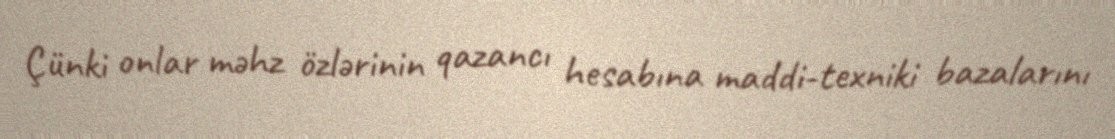
Çünki onlar məhz özlərinin qazancı hesabına maddi-texniki bazalarını